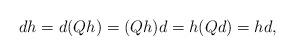
LaTeX: \begin{align*} dh=d(Qh)=(Qh)d=h(Qd)=hd, \end{align*}